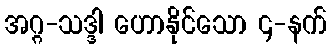
အဂ္ဂ-သဒ္ဒါ ဟောနိုင်သော ၄-နက်